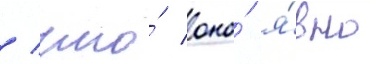
/ что́ оно́ я́вно